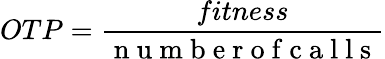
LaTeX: OTP=\frac{fitness}{\mathrm{~n~u~m~b~e~r~o~f~c~a~l~l~s~}}